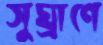
সুঘ্রাণে